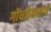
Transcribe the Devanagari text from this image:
गोंधळेकरांचे